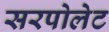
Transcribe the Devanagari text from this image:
सरपोलेट